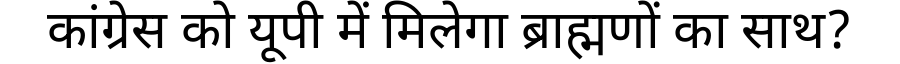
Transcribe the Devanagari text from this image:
कांग्रेस को यूपी में मिलेगा ब्राह्मणों का साथ?